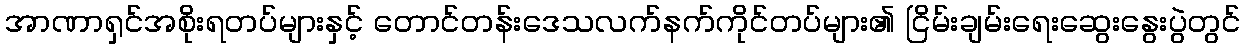
အာဏာရှင်အစိုးရတပ်များနှင့် တောင်တန်းဒေသလက်နက်ကိုင်တပ်များ၏ ငြိမ်းချမ်းရေးဆွေးနွေးပွဲတွင်